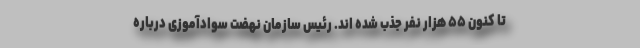
تا کنون ۵۵ هزار نفر جذب شده اند. رئیس سازمان نهضت سوادآموزی درباره